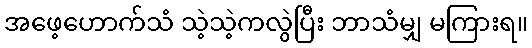
အဖေ့ဟောက်သံ သဲ့သဲ့ကလွဲပြီး ဘာသံမျှ မကြားရ။